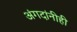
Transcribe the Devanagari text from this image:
अंगदांनीही